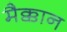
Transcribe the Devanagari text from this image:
मैक्कान